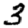
Digit: 3